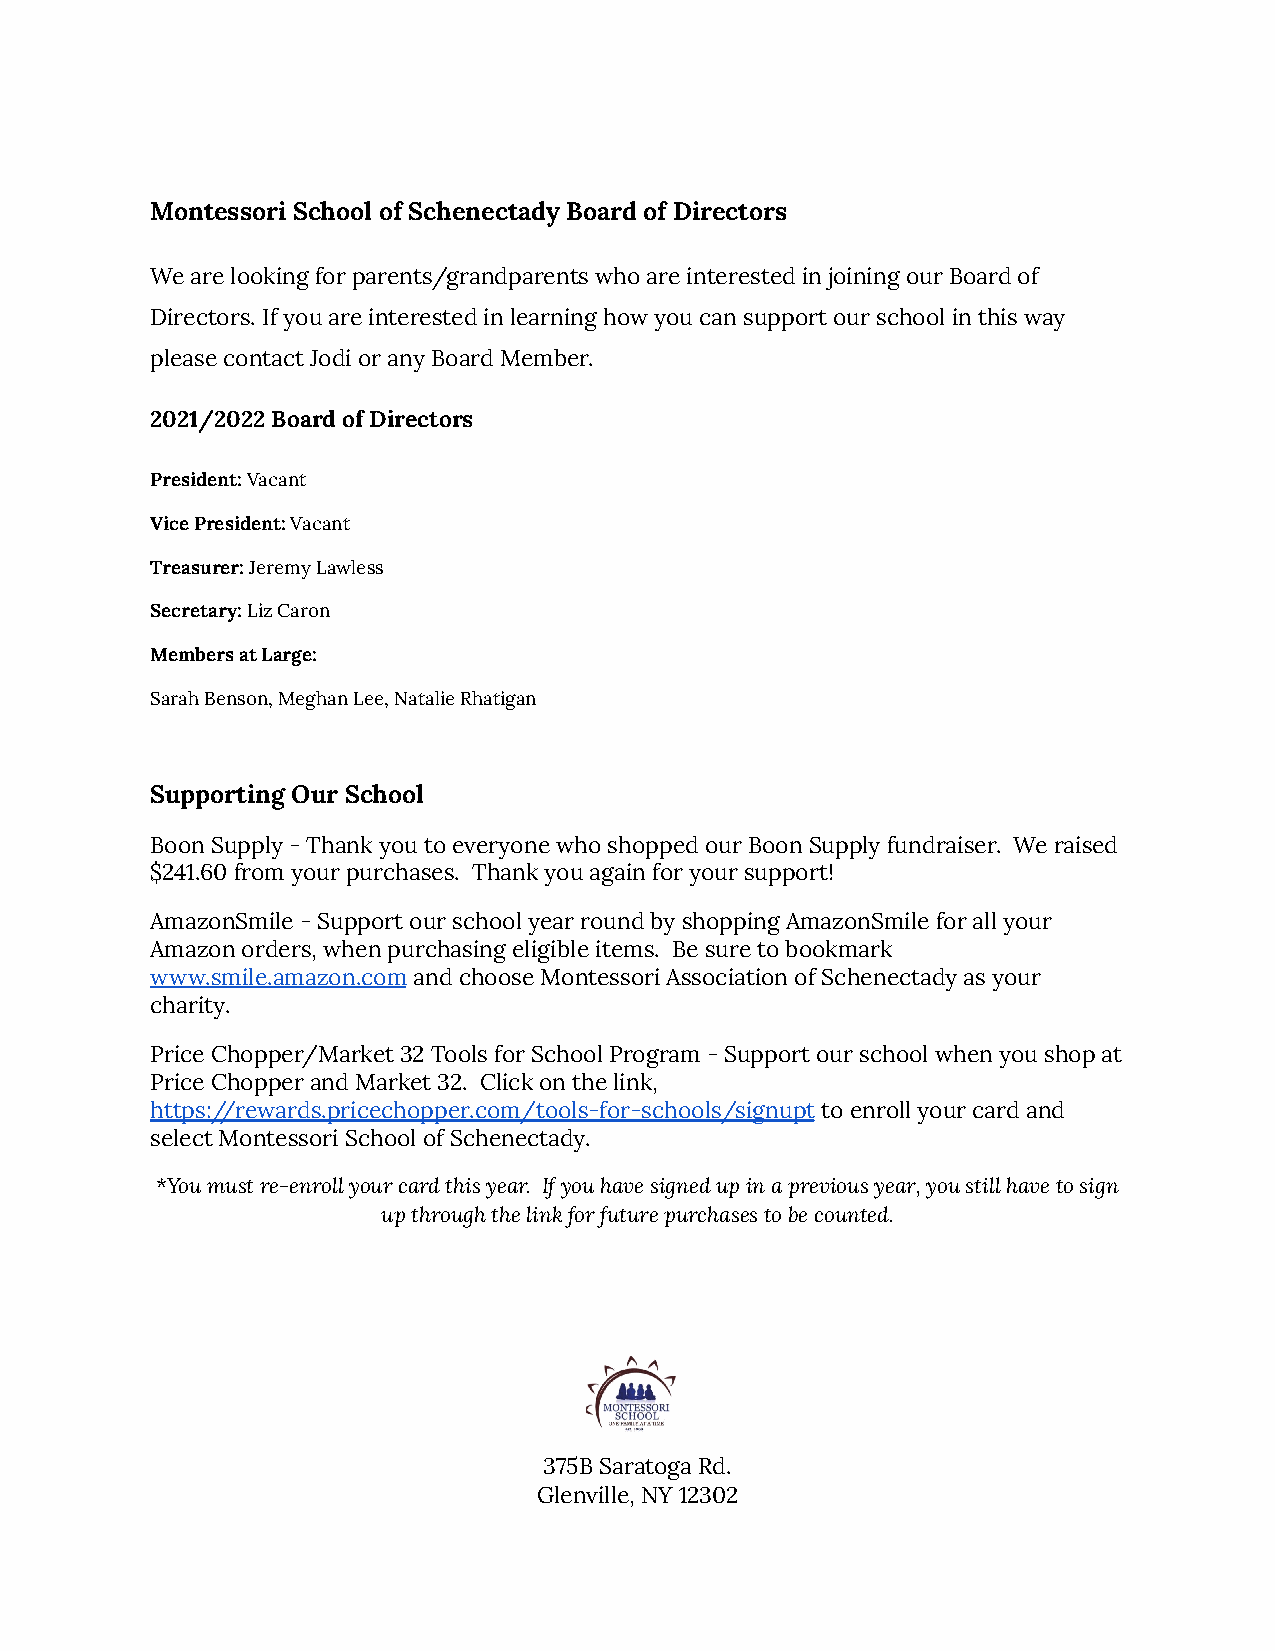
Montessori School of Schenectady Board of Directors
 We are looking for parents/grandparents who are interested in joining our Board of
 Directors. If you are interested in learning how you can support our school in this way
 please contact Jodi or any Board Member.
 2021/2022 Board of Directors
 President:Vacant
 Vice President:Vacant
 Treasurer:Jeremy Lawless
 Secretary:Liz Caron
 Members at Large:
 Sarah Benson, Meghan Lee, Natalie Rhatigan
 Supporting Our School
 Boon Supply - Thank you to everyone who shopped our Boon Supply fundraiser. We raised
 $241.60 from your purchases. Thank you again for your support!
 AmazonSmile - Support our school year round by shopping AmazonSmile for all your
 Amazon orders, when purchasing eligible items. Be sure to bookmark
 www.smile.amazon.comand choose Montessori Associationof Schenectady as your
 charity.
 Price Chopper/Market 32 Tools for School Program - Support our school when you shop at
 Price Chopper and Market 32. Click on the link,
 https://rewards.pricechopper.com/tools-for-schools/signuptto enroll your card and
 select Montessori School of Schenectady.
 *You must re-enroll your card this year. If you have signed up in a previous year, you still have to sign
 up through the link for future purchases to be counted.
 375B Saratoga Rd.
 Glenville, NY 12302